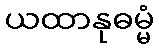
ယထာနုဓမ္မံ